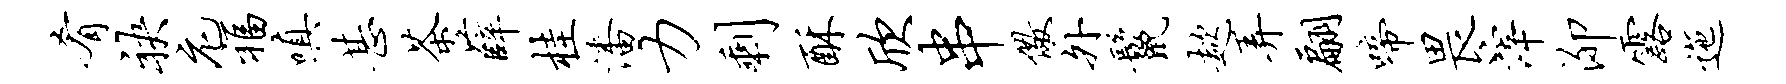
肴袂庀福嗔甚茶薛桂潘力剩酥欣串儆外鬣趑弄翩啼畏滓泖露迤